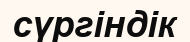
сүргіндік